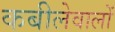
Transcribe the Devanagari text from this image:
कबीलेवालों